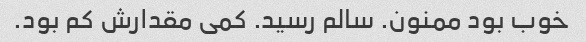
خوب بود ممنون. سالم رسید. کمی مقدارش کم بود.